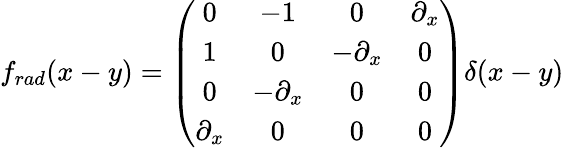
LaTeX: f_{rad}(x-y)=\left(\begin{array}{cccc}{{0}}&{{{-1}}}&{{0}}&{{\partial_{x}}}\\ {{1}}&{{0}}&{{{-\partial_{x}}}}&{{0}}\\ {{0}}&{{{-\partial_{x}}}}&{{0}}&{{0}}\\ {{\partial_{x}}}&{{0}}&{{0}}&{{0}}\end{array}\right)\delta(x-y)